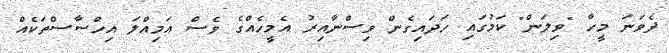
ދެވަނަ މީހާ "ވިލަން" ކަމުގައި ހަދައިގެން ވިސްނާއިރު އެމީހެއްގެ ވެސް އަމިއްލަ އިހްސާސްތަކެއް